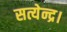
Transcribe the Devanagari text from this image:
सत्येन्द्र।